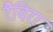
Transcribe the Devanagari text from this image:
रैविरा